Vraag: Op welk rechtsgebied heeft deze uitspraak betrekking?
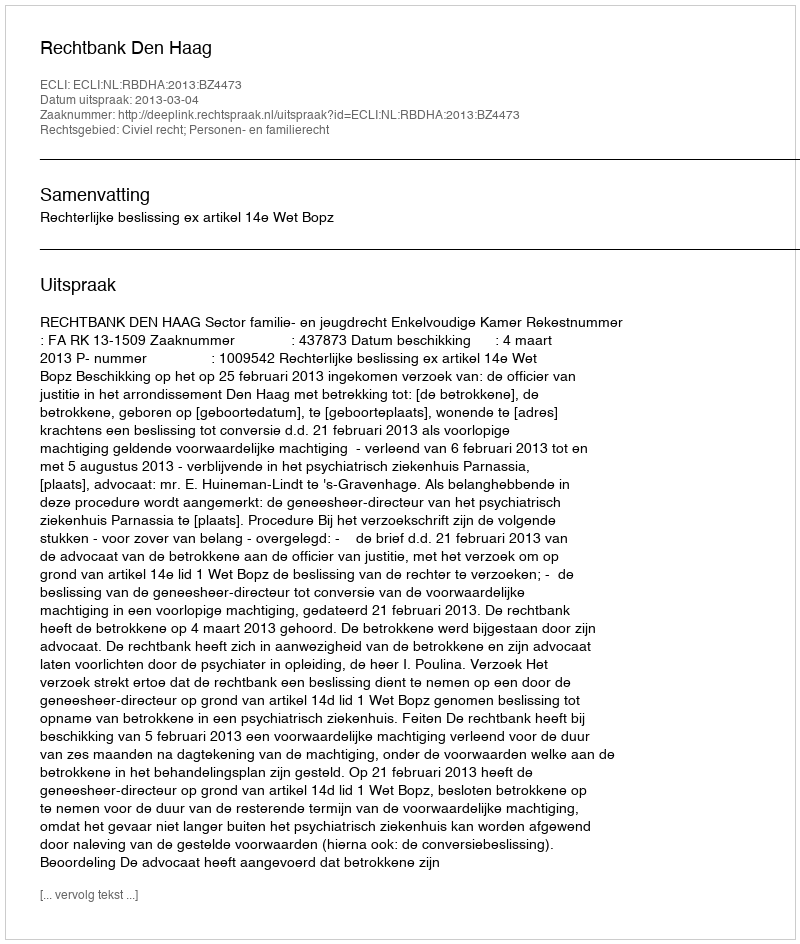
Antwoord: Civiel recht; Personen- en familierecht